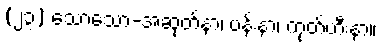
(၂၃) သောသော-အဆုတ်နာ၊ ပန်းနာ၊ ကုတ်ဟီးနာ။